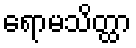
ရောမသိတ္ထာ